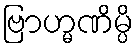
ဗြာဟ္မဏိမ္ပိ